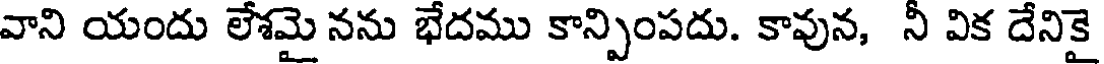
వాని యందు లేశమై నను భేదము కాన్పింపదు. కావున, నీ విక దేనికై